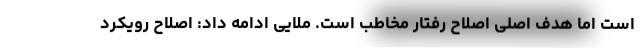
است اما هدف اصلی اصلاح رفتار مخاطب است. ملایی ادامه داد: اصلاح رویکرد